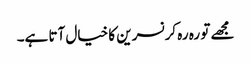
مجھے تو رہ رہ کر نسرین کا خیال آتا ہے۔